Language: tamil
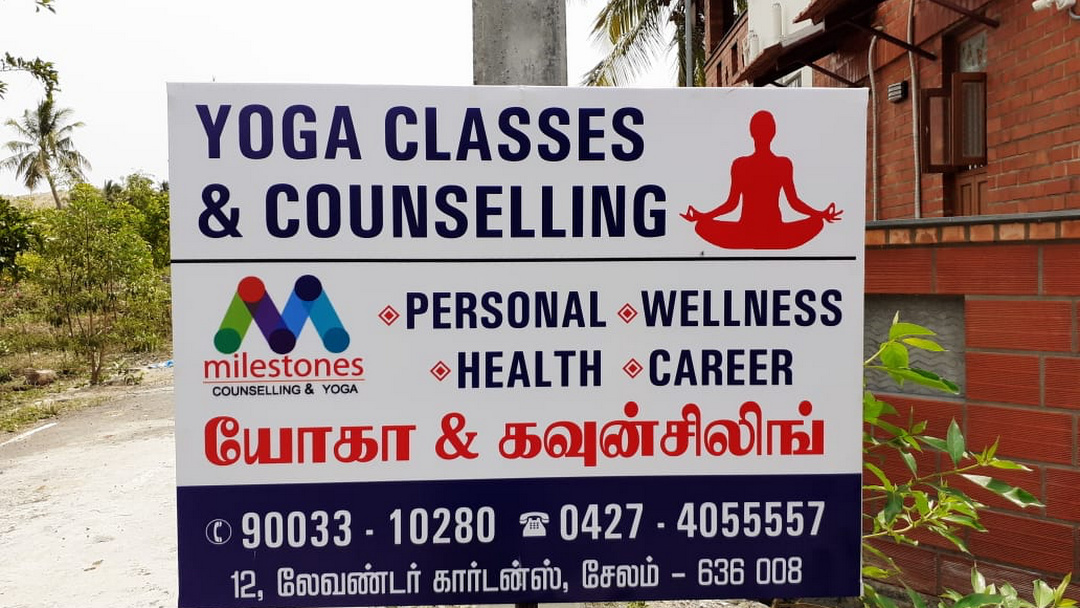
Transcription: கவுன்சிலிங் லேவண்டா் காா்டன்ஸ் சேலம் யோகா